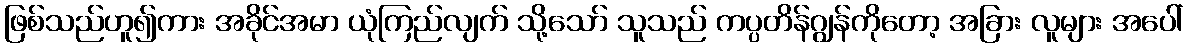
ဖြစ်သည်ဟူ၍ကား အခိုင်အမာ ယုံကြည်လျက် သို့သော် သူသည် ကပ္ပတိန်ဂျွန်ကိုတော့ အခြား လူများ အပေါ်